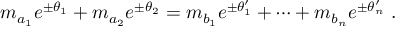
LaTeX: m _ { a _ { 1 } } e ^ { \pm \theta _ { 1 } } + m _ { a _ { 2 } } e ^ { \pm \theta _ { 2 } } = m _ { b _ { 1 } } e ^ { \pm \theta _ { 1 } ^ { \prime } } + \dots + m _ { b _ { n } } e ^ { \pm \theta _ { n } ^ { \prime } } ~ .